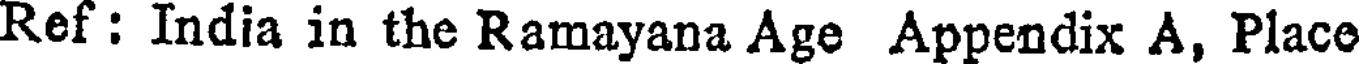
Ref : India in the Ramayana Age Appendix A, Place